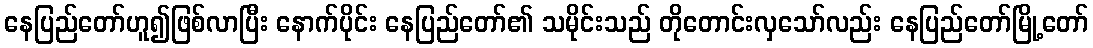
နေပြည်တော်ဟူ၍ဖြစ်လာပြီး နောက်ပိုင်း နေပြည်တော်၏ သမိုင်းသည် တိုတောင်းလှသော်လည်း နေပြည်တော်မြို့တော်